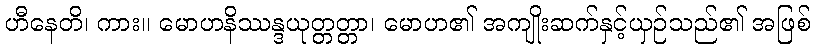
ဟီနေတိ၊ ကား။ မောဟနိဿန္ဒယုတ္တတ္တာ၊ မောဟ၏ အကျိုးဆက်နှင့်ယှဉ်သည်၏ အဖြစ်